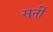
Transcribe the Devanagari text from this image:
सर्नी